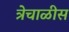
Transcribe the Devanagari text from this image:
त्रेचाळीस